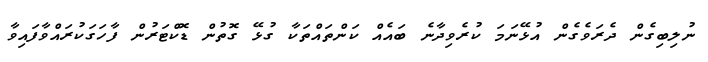
ނުލިބިގެން ދެރަވެގެން އުޅޭނަމަ ކުރެވިދާނެ ބައެއް ކަންތައްތަކާ ގުޅޭ ގޮތުން ޑޮކްޓަރުން ފާހަގަކުރައްވާފައިވާ